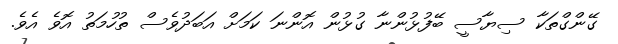
ގޭންގްތަކާ ސިޔާސީ ބޭފުޅުންނާ ގުޅުން އޮންނަ ކަމަށް އަބަދުވެސް ތުހުމަތު އޮވެ އެވެ.